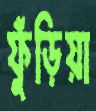
ফুঁড়িয়া